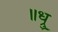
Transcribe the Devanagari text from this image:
॥ध्रु